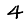
Digit: 4